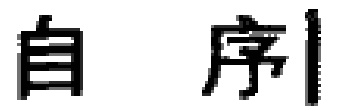
自序